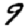
Digit: 9